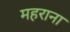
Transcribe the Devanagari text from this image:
महराना